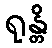
ရုန္တိ